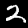
Digit: 2